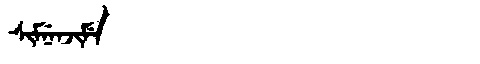
Manchu: ᠰᡳᠮᠨᡝᠨᠵᡳᠮᡝ
Romanization: SIMNENJIME